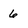
Character: 6